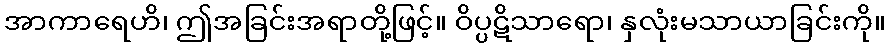
အာကာရေဟိ၊ ဤအခြင်းအရာတို့ဖြင့်။ ဝိပ္ပဋိသာရော၊ နှလုံးမသာယာခြင်းကို။